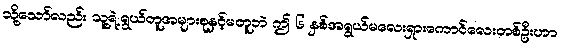
သို့သော်လည်း သူ့ရဲ့ရွယ်တူအများစုနှင့်မတူဘဲ ဤ ၆ နှစ်အရွယ်မလေးရှားကောင်လေးတစ်ဦးဟာ